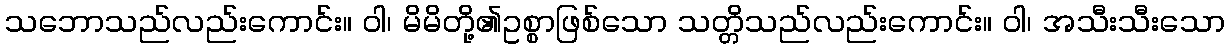
သဘောသည်လည်းကောင်း။ ဝါ၊ မိမိတို့၏ဥစ္စာဖြစ်သော သတ္တိသည်လည်းကောင်း။ ဝါ၊ အသီးသီးသော